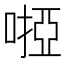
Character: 𠻺